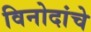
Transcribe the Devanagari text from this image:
विनोदांचे